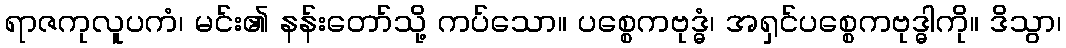
ရာဇကုလူပကံ၊ မင်း၏ နန်းတော်သို့ ကပ်သော။ ပစ္စေကဗုဒ္ဓံ၊ အရှင်ပစ္စေကဗုဒ္ဓါကို။ ဒိသွာ၊